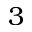
3